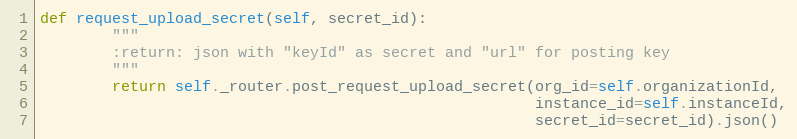
Language: Python
def request_upload_secret(self, secret_id):
        """
        :return: json with "keyId" as secret and "url" for posting key
        """
        return self._router.post_request_upload_secret(org_id=self.organizationId,
                                                       instance_id=self.instanceId,
                                                       secret_id=secret_id).json()